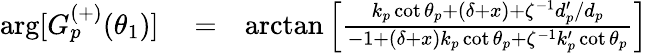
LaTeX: \begin{array}{rlr}{\arg[G_{p}^{(+)}(\theta_{1})]}&{{}=}&{\arctan\left[\frac{k_{p}\cot\theta_{p}+\left(\delta+x\right)+\zeta^{-1}d_{p}^{\prime}/d_{p}}{-1+\left(\delta+x\right)k_{p}\cot\theta_{p}+\zeta^{-1}k_{p}^{\prime}\cot\theta_{p}}\right]}\end{array}